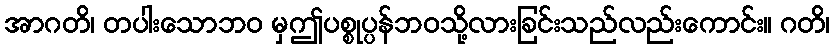
အာဂတိ၊ တပါးသောဘဝ မှဤပစ္စုပ္ပန်ဘဝသို့လားခြင်းသည်လည်းကောင်း။ ဂတိ၊